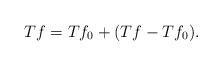
LaTeX: \begin{align*}Tf=Tf_0+(Tf-Tf_0).\end{align*}